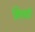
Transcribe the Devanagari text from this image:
गिलटी